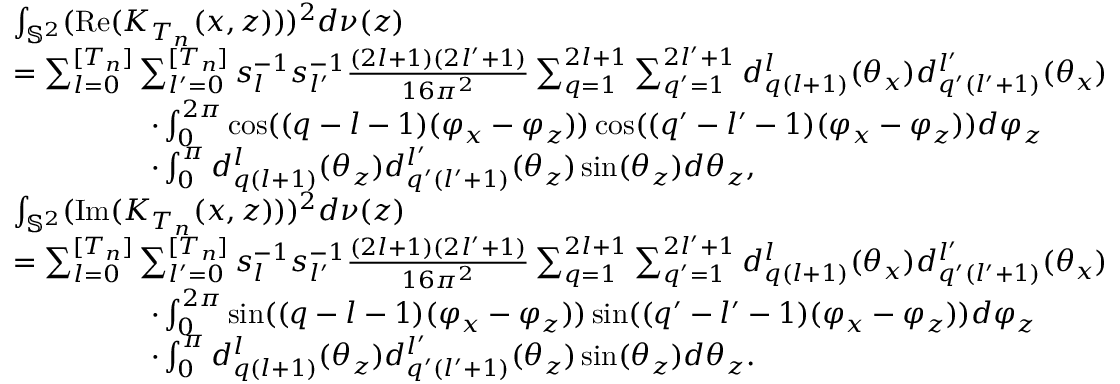
\begin{array} { r l } & { \int _ { \mathbb { S } ^ { 2 } } ( \mathrm { R e } ( K _ { T _ { n } } ( x , z ) ) ) ^ { 2 } d \nu ( z ) } \\ & { = \sum _ { l = 0 } ^ { [ T _ { n } ] } \sum _ { l ^ { \prime } = 0 } ^ { [ T _ { n } ] } s _ { l } ^ { - 1 } s _ { l ^ { \prime } } ^ { - 1 } \frac { ( 2 l + 1 ) ( 2 l ^ { \prime } + 1 ) } { 1 6 \pi ^ { 2 } } \sum _ { q = 1 } ^ { 2 l + 1 } \sum _ { q ^ { \prime } = 1 } ^ { 2 l ^ { \prime } + 1 } d _ { q ( l + 1 ) } ^ { l } ( \theta _ { x } ) d _ { q ^ { \prime } ( l ^ { \prime } + 1 ) } ^ { l ^ { \prime } } ( \theta _ { x } ) } \\ & { ~ ~ ~ ~ ~ ~ ~ ~ ~ ~ ~ ~ ~ ~ \cdot \int _ { 0 } ^ { 2 \pi } \cos ( ( q - l - 1 ) ( \varphi _ { x } - \varphi _ { z } ) ) \cos ( ( q ^ { \prime } - l ^ { \prime } - 1 ) ( \varphi _ { x } - \varphi _ { z } ) ) d \varphi _ { z } } \\ & { ~ ~ ~ ~ ~ ~ ~ ~ ~ ~ ~ ~ ~ ~ \cdot \int _ { 0 } ^ { \pi } d _ { q ( l + 1 ) } ^ { l } ( \theta _ { z } ) d _ { q ^ { \prime } ( l ^ { \prime } + 1 ) } ^ { l ^ { \prime } } ( \theta _ { z } ) \sin ( \theta _ { z } ) d \theta _ { z } , } \\ & { \int _ { \mathbb { S } ^ { 2 } } ( \mathrm { I m } ( K _ { T _ { n } } ( x , z ) ) ) ^ { 2 } d \nu ( z ) } \\ & { = \sum _ { l = 0 } ^ { [ T _ { n } ] } \sum _ { l ^ { \prime } = 0 } ^ { [ T _ { n } ] } s _ { l } ^ { - 1 } s _ { l ^ { \prime } } ^ { - 1 } \frac { ( 2 l + 1 ) ( 2 l ^ { \prime } + 1 ) } { 1 6 \pi ^ { 2 } } \sum _ { q = 1 } ^ { 2 l + 1 } \sum _ { q ^ { \prime } = 1 } ^ { 2 l ^ { \prime } + 1 } d _ { q ( l + 1 ) } ^ { l } ( \theta _ { x } ) d _ { q ^ { \prime } ( l ^ { \prime } + 1 ) } ^ { l ^ { \prime } } ( \theta _ { x } ) } \\ & { ~ ~ ~ ~ ~ ~ ~ ~ ~ ~ ~ ~ ~ ~ \cdot \int _ { 0 } ^ { 2 \pi } \sin ( ( q - l - 1 ) ( \varphi _ { x } - \varphi _ { z } ) ) \sin ( ( q ^ { \prime } - l ^ { \prime } - 1 ) ( \varphi _ { x } - \varphi _ { z } ) ) d \varphi _ { z } } \\ & { ~ ~ ~ ~ ~ ~ ~ ~ ~ ~ ~ ~ ~ ~ \cdot \int _ { 0 } ^ { \pi } d _ { q ( l + 1 ) } ^ { l } ( \theta _ { z } ) d _ { q ^ { \prime } ( l ^ { \prime } + 1 ) } ^ { l ^ { \prime } } ( \theta _ { z } ) \sin ( \theta _ { z } ) d \theta _ { z } . } \end{array}